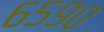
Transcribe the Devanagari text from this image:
६५९०